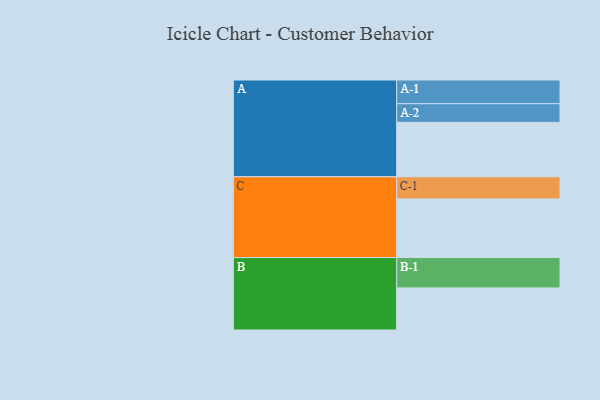
{"axis": {"x": "Segment", "y": "Value"}, "legend": ["", "A", "B", "C"], "data": [{"x": "A", "y": 427, "type": ""}, {"x": "B", "y": 330, "type": ""}, {"x": "C", "y": 460, "type": ""}, {"x": "A-1", "y": 186, "type": "A"}, {"x": "A-2", "y": 146, "type": "A"}, {"x": "B-1", "y": 238, "type": "B"}, {"x": "C-1", "y": 173, "type": "C"}]}